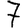
Digit: 7